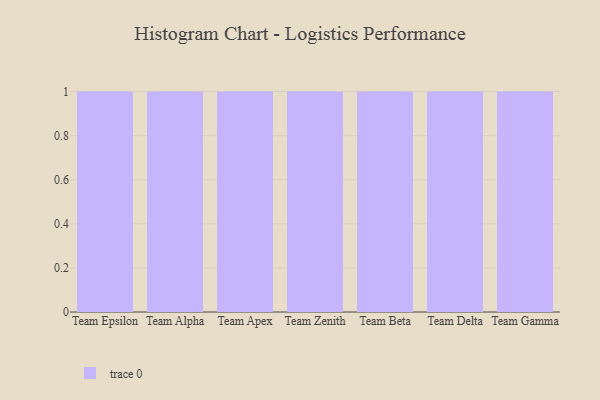
{"axis": {"x": "Team", "y": "Bounce Rate (%)"}, "legend": [""], "data": [{"x": "Team Epsilon", "y": 28, "type": ""}, {"x": "Team Alpha", "y": 87, "type": ""}, {"x": "Team Apex", "y": 3, "type": ""}, {"x": "Team Zenith", "y": 77, "type": ""}, {"x": "Team Beta", "y": 17, "type": ""}, {"x": "Team Delta", "y": 45, "type": ""}, {"x": "Team Gamma", "y": 28, "type": ""}]}